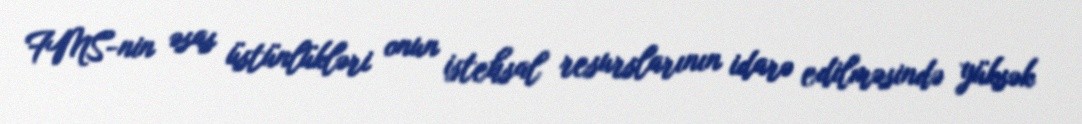
FMS-nin əsas üstünlükləri onun istehsal resurslarının idarə edilməsində yüksək